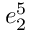
e _ { 2 } ^ { 5 }